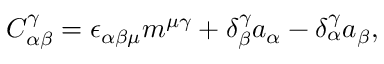
C _ { \alpha \beta } ^ { \gamma } = \epsilon _ { \alpha \beta \mu } m ^ { \mu \gamma } + \delta _ { \beta } ^ { \gamma } a _ { \alpha } - \delta _ { \alpha } ^ { \gamma } a _ { \beta } ,